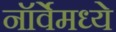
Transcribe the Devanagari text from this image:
नॉर्वेमध्ये